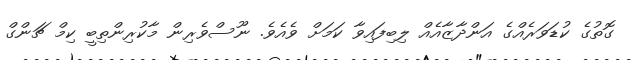
ގޮތުގެ ކުޑަވަރެއްގެ އަންދާޒާއެއް ލިބިފައިވާ ކަމަށް ވެއެވެ. ނޫސްވެރިން މާކުރިންތިބީ ކިމް ޗަންގް